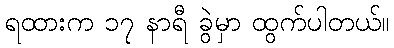
ရထားက ၁၇ နာရီ ခွဲမှာ ထွက်ပါတယ်။